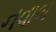
નવાબ